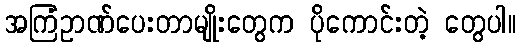
အကြံဥာဏ်ပေးတာမျိုးတွေက ပိုကောင်းတဲ့ တွေပါ။